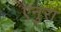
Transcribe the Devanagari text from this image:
एनुरा